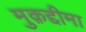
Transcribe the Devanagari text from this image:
मुक़द्दीमा